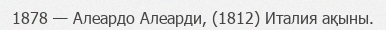
1878 — Алеардо Алеарди, (1812) Италия ақыны.